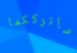
سأترككما